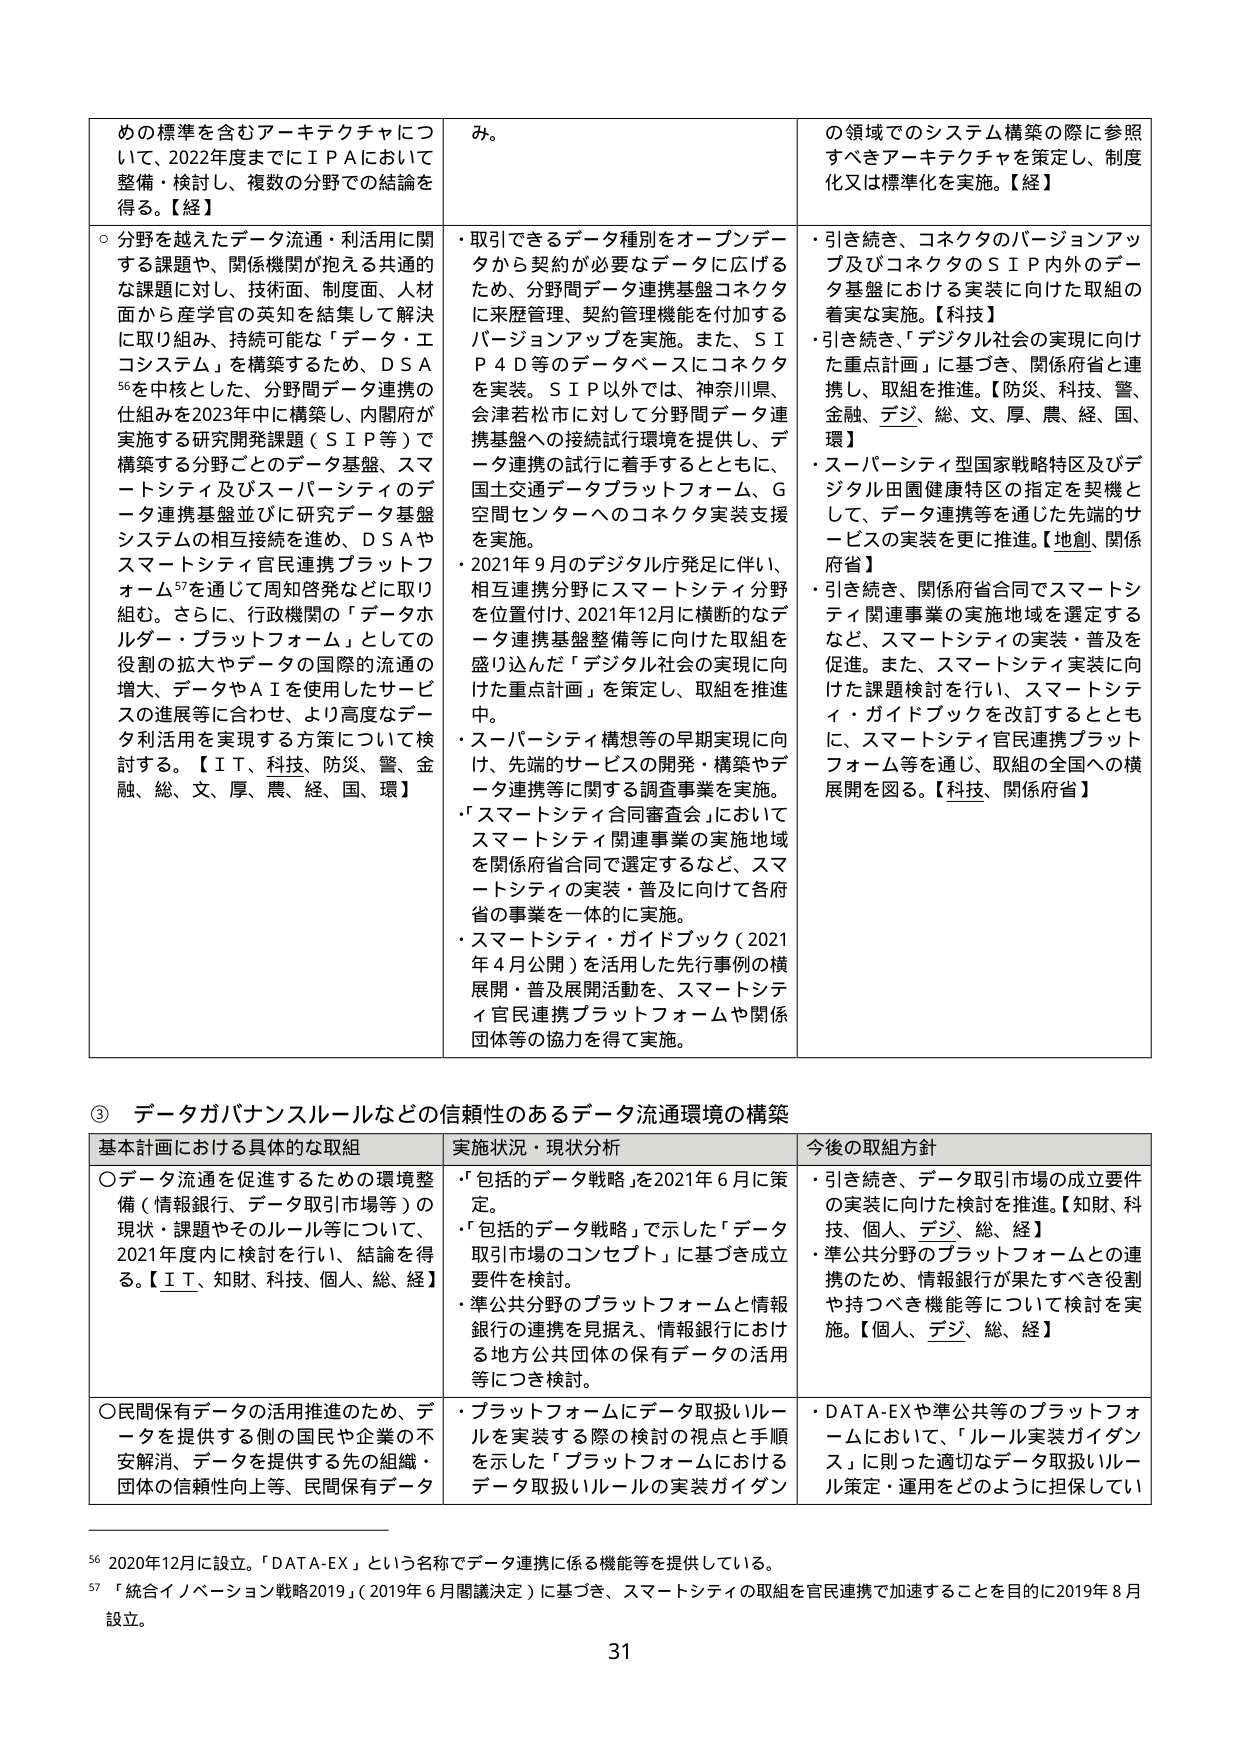
めの標準を含むアーキテクチャについて、2022年度までにＩＰＡにおいて整備・検討し、複数の分野での結論を得る。【経】

○分野を越えたデータ流通・利活用に関する課題や、関係機関が抱える共通的な課題に対し、技術面、制度面、人材面から産学官の英知を結集して解決に取り組み、持続可能な「データ・エコシステム」を構築するため、ＤＳＡ⁵⁶を中核とした、分野間データ連携の仕組みを2023年中に構築し、内閣府が実施する研究開発課題（ＳＩＰ等）で構築する分野ごとのデータ基盤、スマートシティ及びスーパーシティのデータ連携基盤並びに研究データ基盤システムの相互接続を進め、ＤＳＡやスマートシティ官民連携プラットフォーム⁵⁷を通じて周知啓発などに取り組む。さらに、行政機関の「データホルダー・プラットフォーム」としての役割の拡大やデータの国際的流通の増大、データやＡＩを使用したサービスの進展等に合わせ、より高度なデータ利活用を実現する方策について検討する。【ＩＴ、科技、防災、警、金融、総、文、厚、農、経、国、環】

み。

・取引できるデータ種別をオープンデータから契約が必要なデータに広げるため、分野間データ連携基盤コネクタに来歴管理、契約管理機能を付加するバージョンアップを実施。また、ＳＩＰ４Ｄ等のデータベースにコネクタを実装。ＳＩＰ以外では、神奈川県、会津若松市に対して分野間データ連携基盤への接続試行環境を提供し、データ連携の試行に着手するとともに、国土交通データプラットフォーム、Ｇ空間センターへのコネクタ実装支援を実施。

・2021年9月のデジタル庁発足に伴い、相互連携分野にスマートシティ分野を位置付け、2021年12月に横断的なデータ連携基盤整備等に向けた取組を盛り込んだ「デジタル社会の実現に向けた重点計画」を策定し、取組を推進中。

・スーパーシティ構想等の早期実現に向け、先端的サービスの開発・構築やデータ連携等に関する調査事業を実施。

・「スマートシティ合同審査会」においてスマートシティ関連事業の実施地域を関係府省合同で選定するなど、スマートシティの実装・普及に向けて各府省の事業を一体的に実施。

・スマートシティ・ガイドブック（2021年4月公開）を活用した先行事例の横展開・普及展開活動、スマートシティ官民連携プラットフォームや関係団体等の協力を得て実施。

の領域でのシステム構築の際に参照すべきアーキテクチャを策定し、制度化又は標準化を実施。【経】

・引き続き、コネクタのバージョンアップ及びコネクタのＳＩＰ内外のデータ基盤における実装に向けた取組の着実を実施。【科技】

・引き続き、「デジタル社会の実現に向けた重点計画」に基づき、関係府省と連携し、取組を推進。【防災、科技、警、金融、デジ、総、文、厚、農、経、国、環】

・スーパーシティ型国家戦略特区及びデジタル田園健康特区の指定を契機として、データ連携等を通じた先端的サービスの実装を更に推進。【地創、関係府省】

・引き続き、関係府省合同でスマートシティ関連事業の実施地域を選定するなど、スマートシティの実装・普及を促進。また、スマートシティ実装に向けた課題検討を行い、スマートシティ・ガイドブックを改訂するとともに、スマートシティ官民連携プラットフォーム等を通じ、取組の全国への横展開を図る。【科技、関係府省】

③ データガバナンスルールなどの信頼性のあるデータ流通環境の構築

基本計画における具体的な取組 実施状況・現状分析 今後の取組方針

○データ流通を促進するための環境整備（情報銀行、データ取引市場等）の現状・課題やそのルール等について、2021年度内に検討を行い、結論を得る。【ＩＴ、知財、科技、個人、総、経】

○民間保有データの活用推進のため、データを提供する側の国民や企業の不安解消、データを提供する先の組織・団体の信頼性向上等、民間保有データ

・「包括的データ戦略」を2021年6月に策定。

・「包括的データ戦略」で示した「データ取引市場のコンセプト」に基づき成立要件を検討。

・準公共分野のプラットフォームと情報銀行の連携を見据え、情報銀行における地方公共団体の保有データの活用等につき検討。

・プラットフォームにデータ取扱いルールを実装する際の検討の視点と手順を示した「プラットフォームにおけるデータ取扱いルールの実装ガイドライン

・引き続き、データ取引市場の成立要件の実装に向けた検討を推進。【知財、科技、個人、デジ、総、経】

・準公共分野のプラットフォームとの連携のため、情報銀行が果たすべき役割や持つべき機能等について検討を実施。【個人、デジ、総、経】

・ＤＡＴＡ-ＥＸや準公共等のプラットフォームにおいて、「ルール実装ガイドライン」に則った適切なデータ取扱いルール策定・運用をどのように担保してい

⁵⁶ 2020年12月に設立。「ＤＡＴＡ-ＥＸ」という名称でデータ連携に係る機能等を提供している。

⁵⁷ 「統合イノベーション戦略2019」（2019年6月閣議決定）に基づき、スマートシティの取組を官民連携で加速することを目的に2019年8月設立。

31